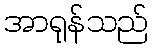
အာရုန်သည်